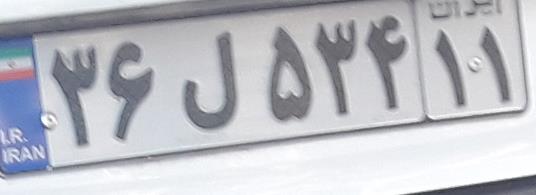
۳۶ل۵۳۴۱۱